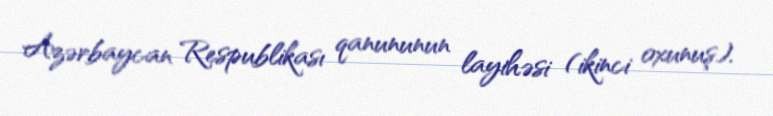
Azərbaycan Respublikası qanununun layihəsi (ikinci oxunuş).